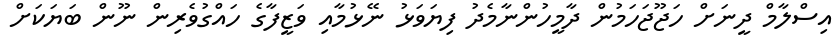
އިސްލާމް ދީނަށް ހަޖޫޖަހަމުން ދާމީހުންނާމެދު ފިޔަވަޅު ނޭޅުމާއި ވަޒީފާގެ ހައްގުވެރިން ނޫން ބަޔަކަށް